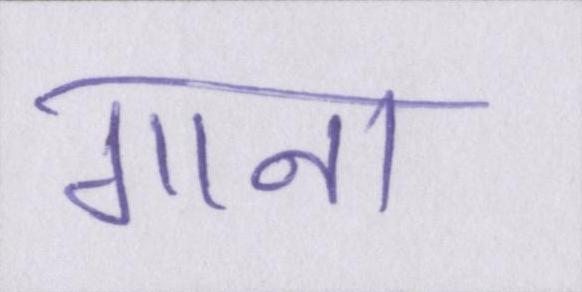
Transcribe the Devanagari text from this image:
गाना